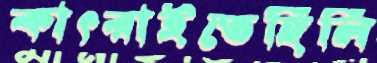
কাৎরাইতেছিলি